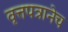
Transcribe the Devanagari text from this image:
वृत्तपत्रानेच